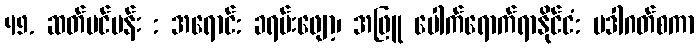
49. ဆတ်ပင်ပန်း : အရောင်: ခရမ်းဖျော့၊ အဖြူ ပေါက်ရောက်ရာနိုင်ငံ: မဒါဂတ်စကာ